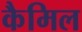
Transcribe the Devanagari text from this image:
कैमिल